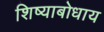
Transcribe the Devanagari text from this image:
शिष्याबोधाय